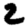
Digit: 2